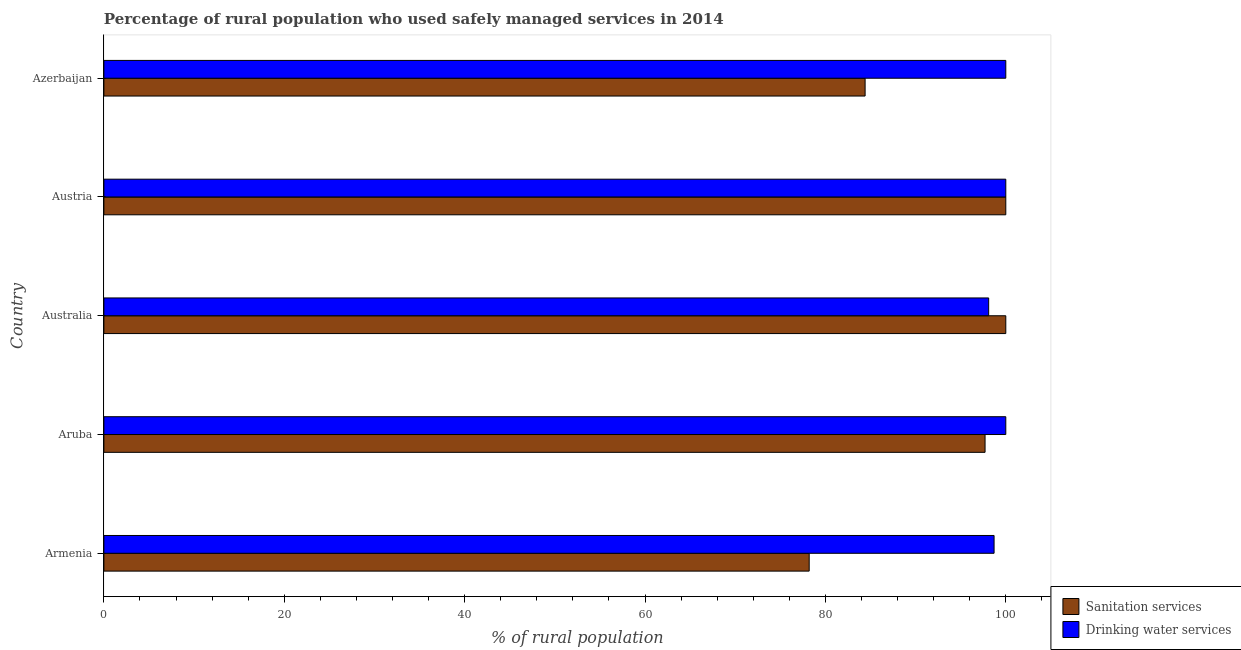
| Country | Sanitation services | Drinking water services |
 | --- | --- | --- |
 | Armenia | 78.2 | 98.7 |
 | Aruba | 97.7 | 100 |
 | Australia | 100 | 98.1 |
 | Austria | 100 | 100 |
 | Azerbaijan | 84.4 | 100 |